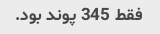
فقط 345 پوند بود.